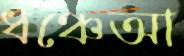
ধঞ্চেআ